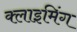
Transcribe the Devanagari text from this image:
क्लाइमिंग